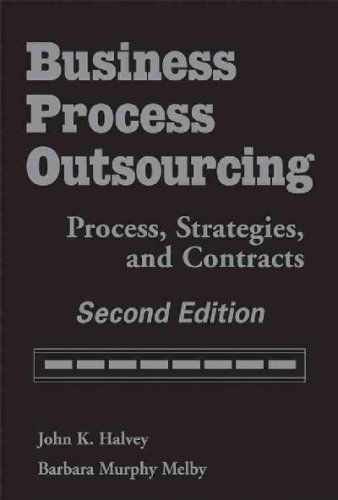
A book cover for Business Process Outsourcing 2:2nd (Second) edition; Barbara Murphy Melby Halvey; Business & Money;